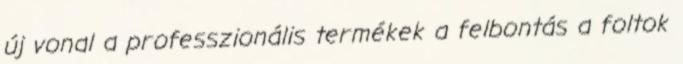
új vonal a professzionális termékek a felbontás a foltok